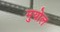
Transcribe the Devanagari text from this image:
मुयोल